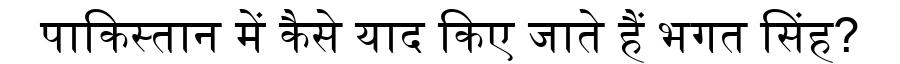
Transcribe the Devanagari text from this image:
पाकिस्तान में कैसे याद किए जाते हैं भगत सिंह?